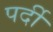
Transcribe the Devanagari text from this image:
पर्दी